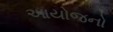
આયોજનો